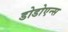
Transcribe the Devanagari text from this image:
डोडोएन्स